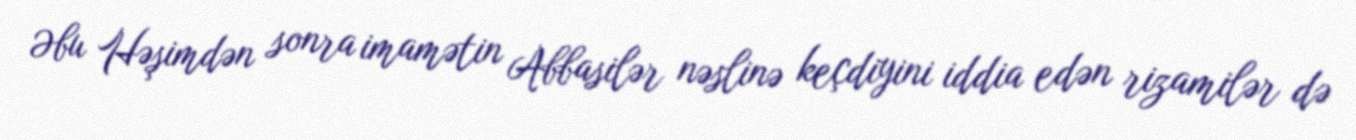
Əbu Həşimdən sonra imamətin Abbasilər nəslinə keçdiyini iddia edən rizamilər də